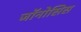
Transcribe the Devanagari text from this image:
जॉनोसिस